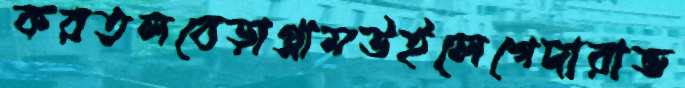
করতলবেড়াগ্রামউইলেগেদারাভ